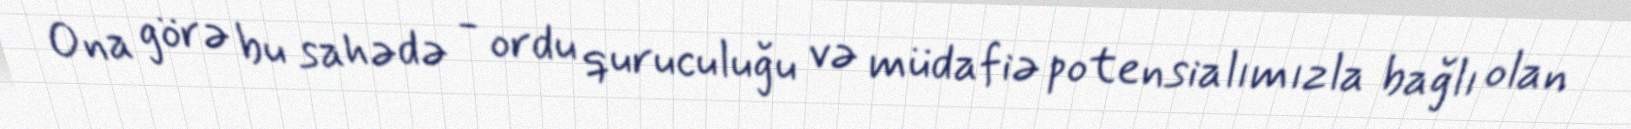
Ona görə bu sahədə - ordu quruculuğu və müdafiə potensialımızla bağlı olan